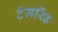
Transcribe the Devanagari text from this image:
टॅमरिंड